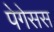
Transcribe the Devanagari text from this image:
पेगेसस